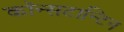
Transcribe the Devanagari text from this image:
कॉन्सटान्टिन